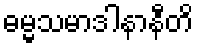
ဓမ္မသမာဒါနာနီတိ